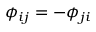
\phi _ { i j } = - \phi _ { j i }